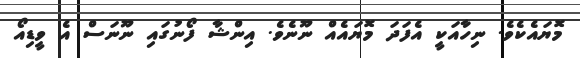
މޮޔައެކެވެ. ނިހާއަކީ އެފަދަ މޮޔައެއް ނޫނެވެ. އިންޝާ ފޯނުގައި ނޫނަސް އެ ވީޑިއޯ